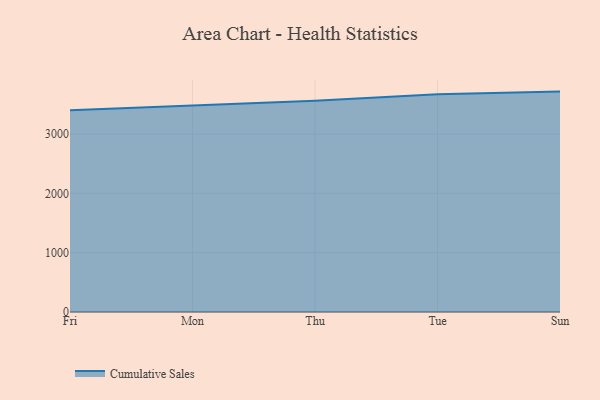
{"axis": {"x": "Day", "y": "Churn Rate (%)"}, "legend": ["Cumulative Sales"], "data": [{"x": "Fri", "y": 3401.0, "type": "Cumulative Sales"}, {"x": "Mon", "y": 3482.8, "type": "Cumulative Sales"}, {"x": "Thu", "y": 3559.9, "type": "Cumulative Sales"}, {"x": "Tue", "y": 3669.0, "type": "Cumulative Sales"}, {"x": "Sun", "y": 3714.5, "type": "Cumulative Sales"}]}